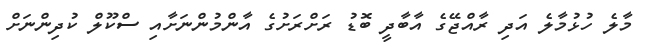
މާލެ ހުޅުމާލެ އަދި ރާއްޖޭގެ އާބާދީ ބޮޑު ރަށްރަށުގެ އާންމުންނަށާއި ސްކޫލް ކުދިންނަށް